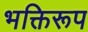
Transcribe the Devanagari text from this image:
भक्तिरूप